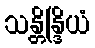
သန္တိန္ဒြိယံ